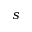
s